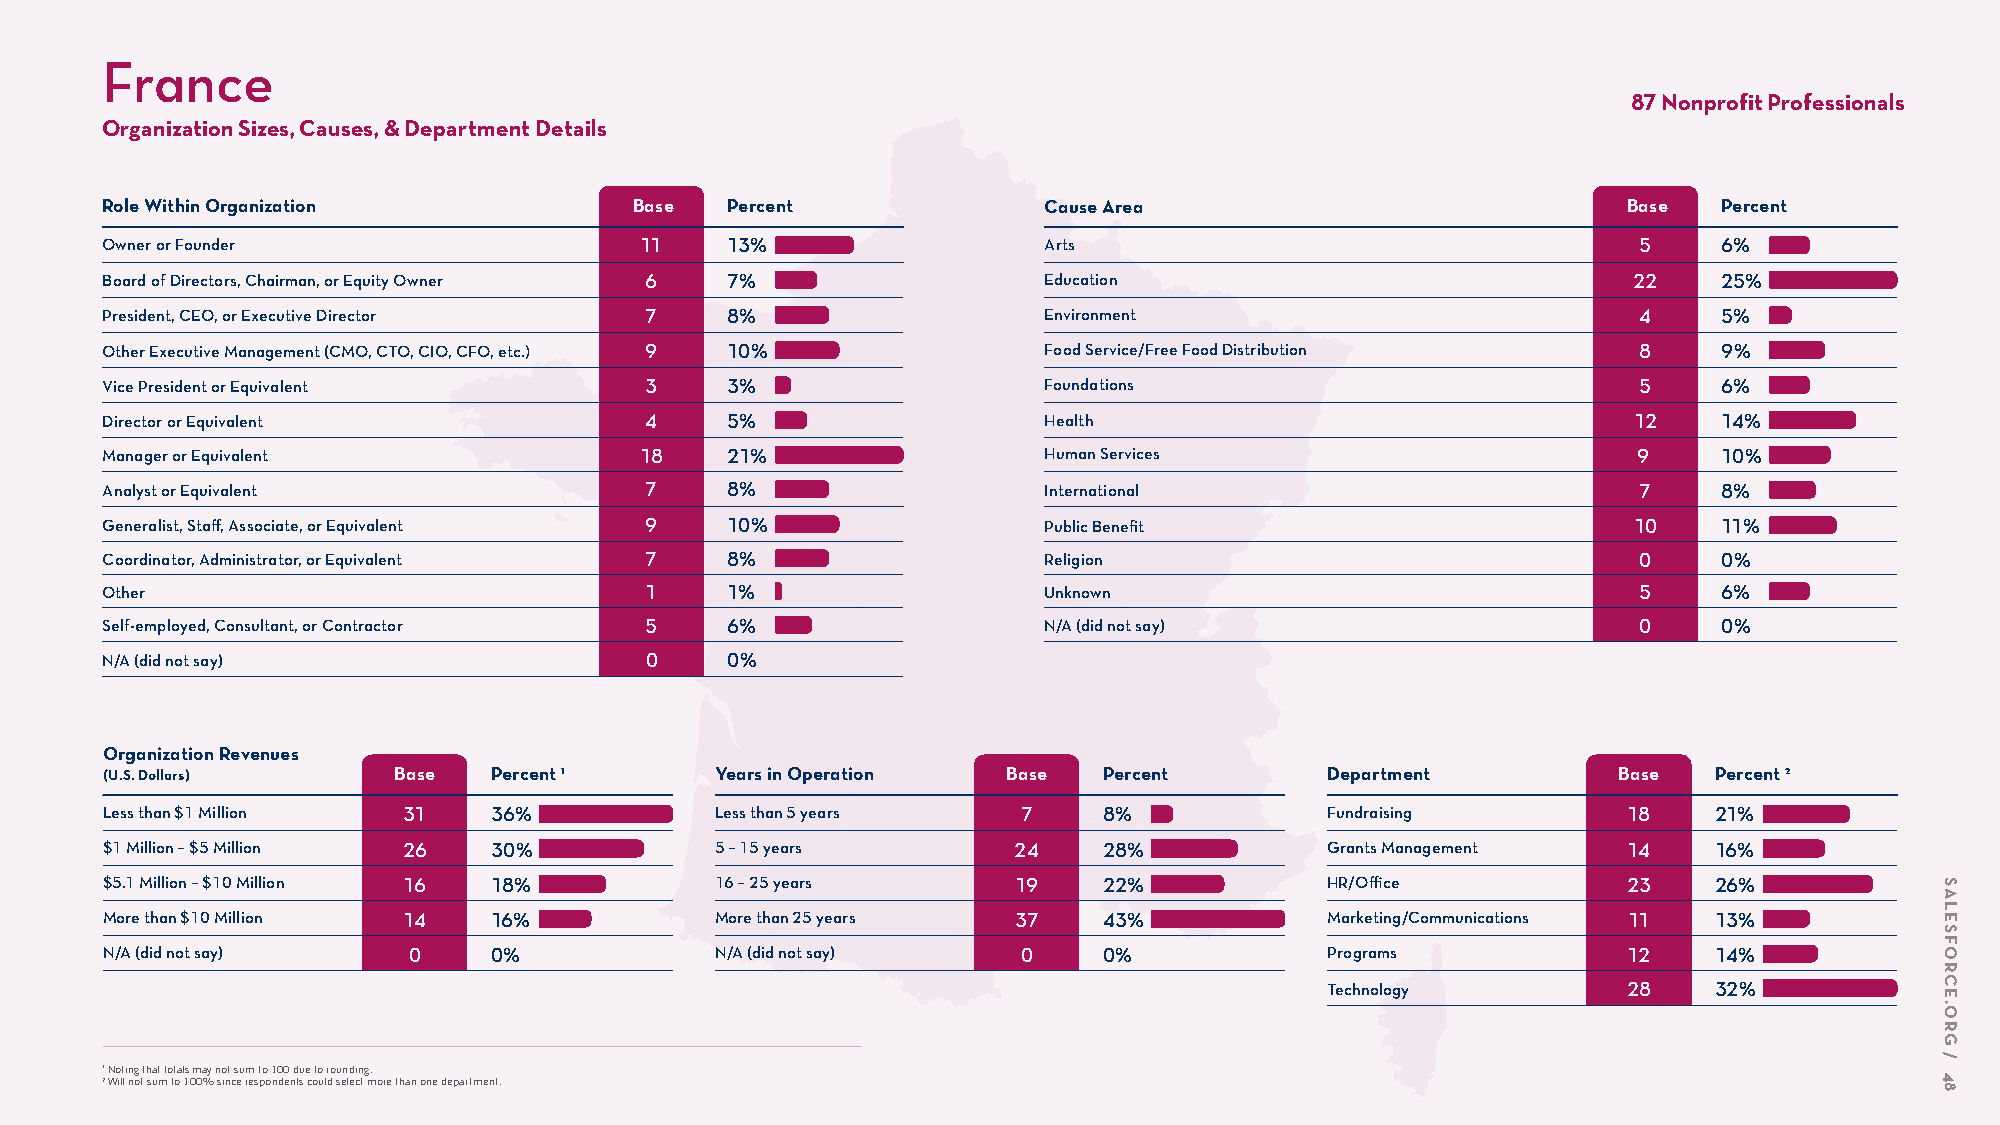
France
 87 Nonprofit Professionals
 Organization Sizes, Causes, & Department Details
 Role Within Organization           Base  Percent              Cause Area                             Base  Percent
 Owner or Founder                   11    13%                  Arts                                    5    6%
 Board of Directors, Chairman, or Equity Owner 6 7%            Education                              22    25%
 President, CEO, or Executive Director 7  8%                   Environment                             4    5%
 Other Executive Management (CMO, CTO, CIO, CFO, etc.) 9 10%   Food Service/Free Food Distribution     8    9%
 Vice President or Equivalent        3    3%                   Foundations                             5    6%
 Director or Equivalent              4    5%                   Health                                 12    14%
 Manager or Equivalent              18    21%                  Human Services                         9     10%
 Analyst or Equivalent               7    8%                   International                           7    8%
 Generalist, Staff, Associate, or Equivalent 9 10%             Public Benefit                         10    11%
 Coordinator, Administrator, or Equivalent 7 8%                Religion                                0    0%
 Other                               1    1%                   Unknown                                 5    6%
 Self-employed, Consultant, or Contractor 5 6%                 N/A (did not say)                       0    0%
 N/A (did not say)                   0    0%
 Organization Revenues
 (U.S. Dollars)     Base  Percent 1      Years in Operation  Base  Percent        Department         Base  Percent 2
 Less than $1 Million 31  36%            Less than 5 years    7    8%             Fundraising         18   21%
 $1 Million – $5 Million 26 30%          5 – 15 years        24    28%            Grants Management   14   16%
 $5.1 Million – $10 Million 16 18%       16 – 25 years       19    22%            HR/Office           23   26%
 More than $10 Million 14 16%            More than 25 years  37    43%            Marketing/Communications 11 13%
 N/A (did not say)   0    0%             N/A (did not say)    0    0%             Programs            12   14%
 Technology          28   32%
 1 Noting that totals may not sum to 100 due to rounding.
 2 Will not sum to 100% since respondents could select more than one department.
 SALESFORCE.ORG
 /
 48